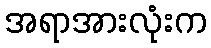
အရာအားလုံးက